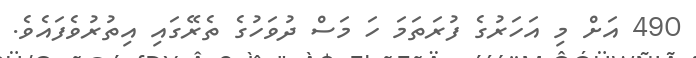
490 އަށް މި އަހަރުގެ ފުރަތަމަ ހަ މަސް ދުވަހުގެ ތެރޭގައި އިތުރުވެފައެވެ.